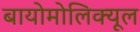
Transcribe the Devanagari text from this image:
बायोमोलिक्यूल